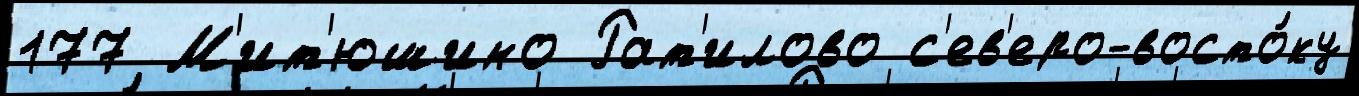
177 М'ит'юшино Рат'илово с'ев'еро-восто́ку